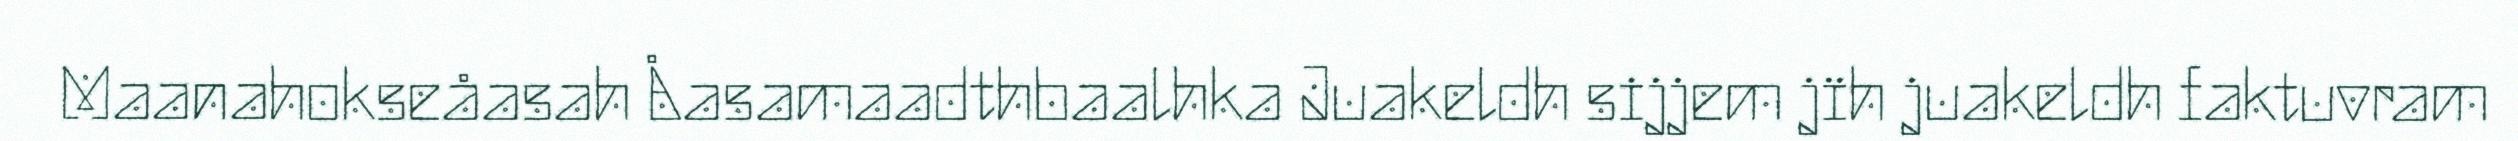
Maanahokseåasah Åasamaadthbaalhka Juakeldh sijjem jïh juakeldh faktuvram